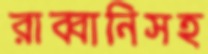
রাব্বানিসহ